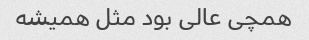
همچی عالی بود مثل همیشه